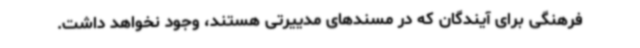
فرهنگی برای آیندگان که در مسندهای مدییرتی هستند، وجود نخواهد داشت.